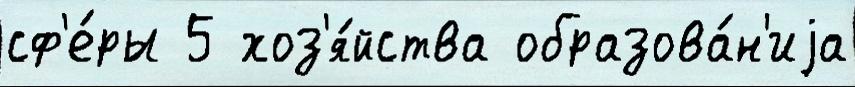
сф'е́ры 5 хоз'я́йства образова́н'иjа